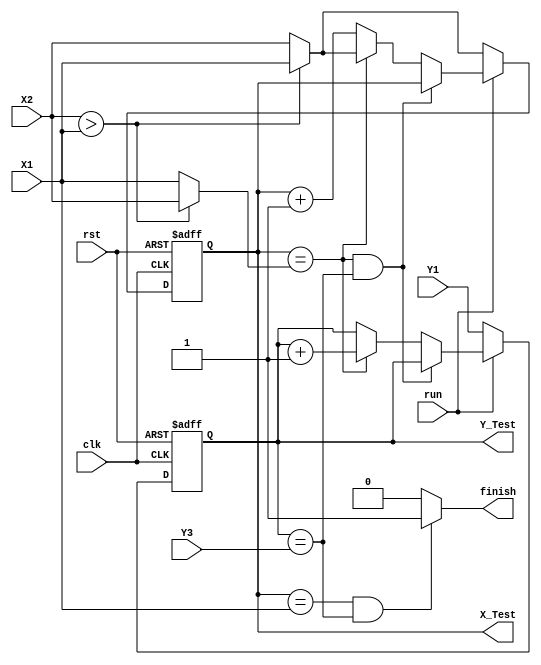
module Counter(
		input 					clk,
		input 					rst,
		input 			[2:0]	X1,
		input 			[2:0]	X2,
		input 			[2:0]	Y1,
		input 			[2:0]	Y3,
		input 					run,
		output	reg		[2:0]	X_Test,
		output	reg		[2:0]	Y_Test,
		output	wire			finish
		);
///////////////////////// var ///////////////////////////////
	reg		[2:0]	next_X_Test;
	reg		[2:0]	next_Y_Test;
	wire	[2:0]	X_begin;
	wire	[2:0]	X_end;
	wire	[2:0]	Y_begin;
	wire	[2:0]	Y_end;
	wire			LR;//0: X1>=X2; 1: X1<X2
	wire			notpo;
///////////////////////// assign ////////////////////////////
	assign	LR=(X2>X1);
	assign	X_begin=(LR)?X1:X2;
	assign	X_end=(LR)?X2:X1;
	assign	Y_begin=Y1;
	assign	Y_end=Y3;
	assign	finish=((X_Test==X1)&&(Y_Test==Y3))?1'b1:1'b0;
///////////////////////// counter ///////////////////////////
	always@(posedge clk or posedge rst)begin
		if(rst)begin
			X_Test<=3'd0;
		end else if(run)begin
			X_Test<=next_X_Test;
		end else begin
			X_Test<=X_begin;
		end

	end
	
	always@(posedge clk or posedge rst)begin
		if(rst)begin
			Y_Test<=3'd0;
		end else if(run)begin
			Y_Test<=next_Y_Test;
		end else begin
			Y_Test<=Y_begin;
		end
	end

	always@(*)begin
		if((X_Test==X_end)&&(Y_Test==Y_end))begin
			next_X_Test=X_Test;
		end else if((X_Test==X_end))begin
			next_X_Test=X_begin;
		end else begin
			next_X_Test=X_Test+3'd1;
		end
	end

	always@(*)begin
		if((X_Test==X_end)&&(Y_Test==Y_end))begin
			next_Y_Test=Y_Test;
		end else if((X_Test==X_end))begin
			next_Y_Test=Y_Test+3'd1;
		end else begin
			next_Y_Test=Y_Test;
		end
	end

endmodule